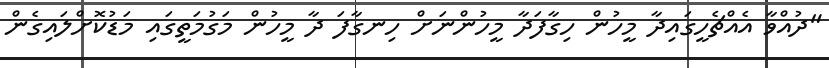
"ދުއްވާ އެއްޗެހީގައިދާ މީހުން ހިގާފަދާ މީހުންނަށް ހިނގާފަ ދާ މީހުން މަގުމަތީގައި މަޑުކޮށްލައިގެން